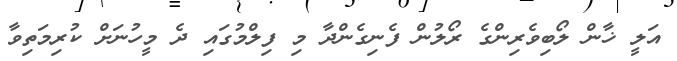
އަލީ ޚާން ލޯބިވެރިންގެ ރޯލުން ފެނިގެންދާ މި ފިލްމުގައި ދެ މީހުނަށް ކުރިމަތިވާ